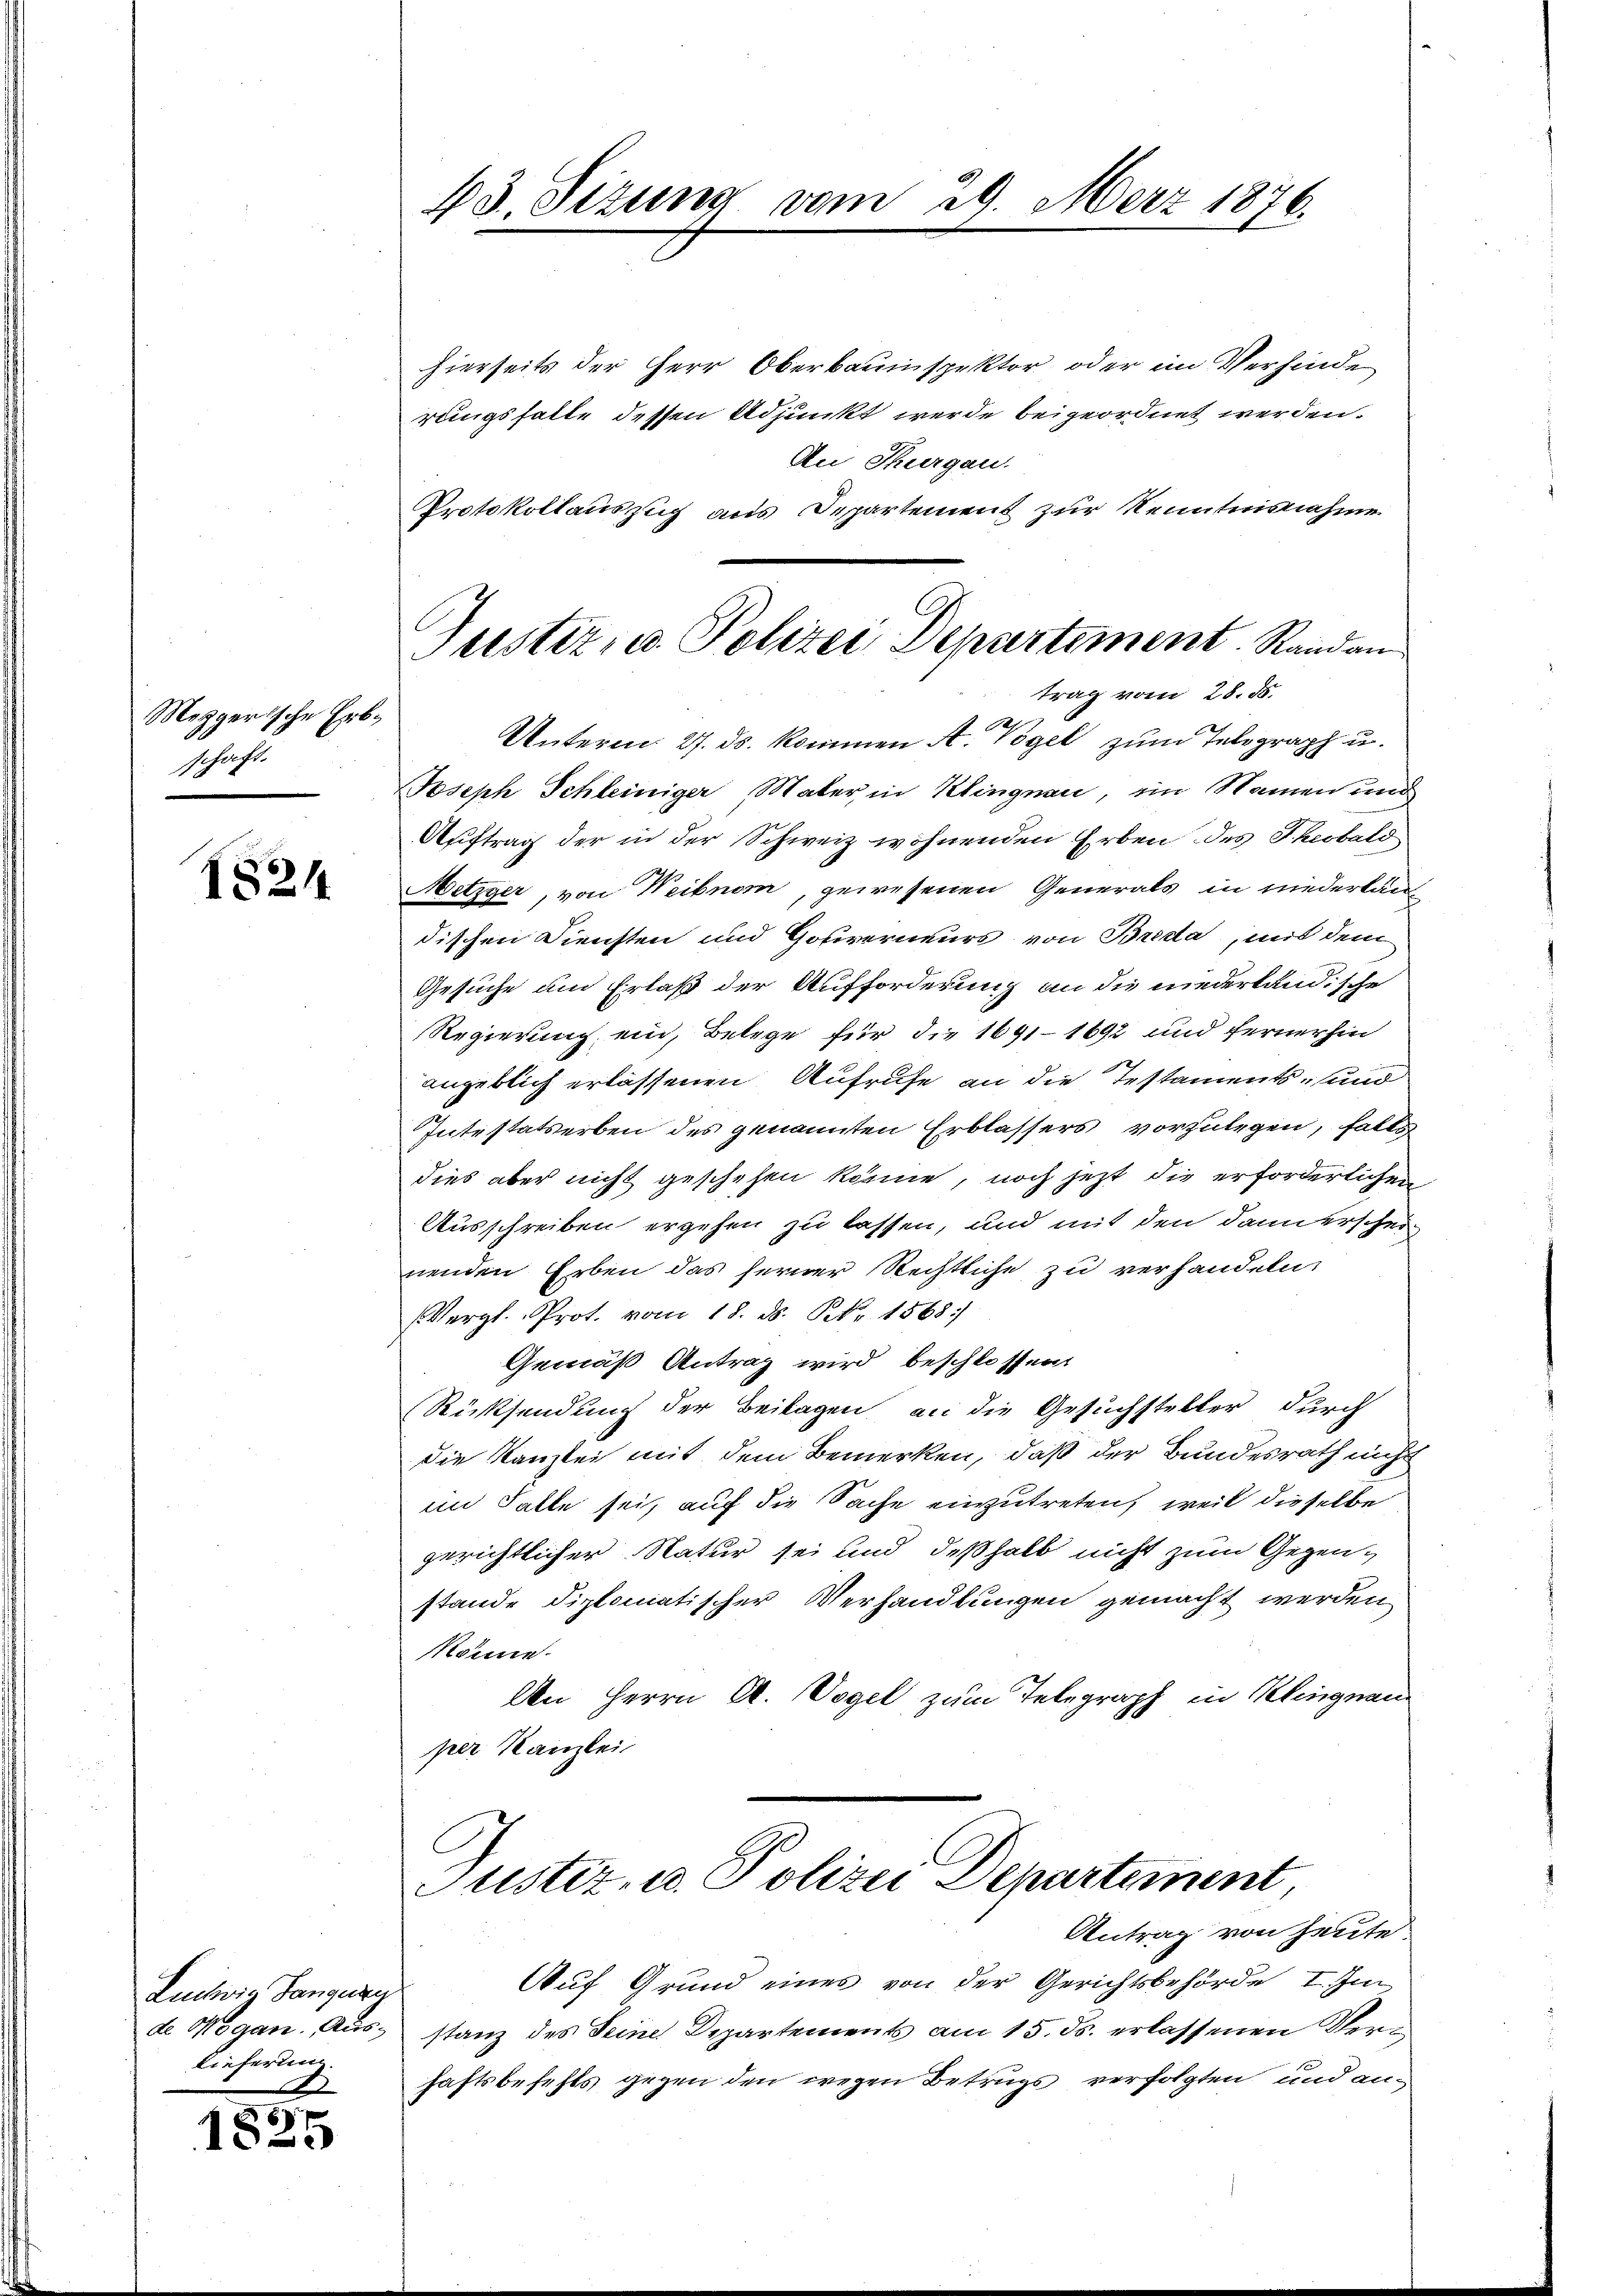
Mezgerische Erbschaft.

1824.

Luchwie Langung
de Wogan. Aus-
lieferung.

1825

43. Sizung vom 29. März 1876.

Justiz- u. Polizei Departement. Randan
trag vom 28. ds.

hierseits der Herr Oberbauinspektor oder in Verhinde
rungs hatte dessen Adjunkt werde beigeordnet werden.
An Thurgau.
Protokollauszug aus Departement zur Kenntnisnahme
2
Unterm 27. ds. kommen A. Vögel zum Telegraph u.
Joseph Schleiniger, Mater, in Klingnau, ein Namen und
Auftrag der in der Schweiz wohnenden Erben des Theobald
Metzger, von Weibnom, gewesenen Generals in niederkandischen Diensten und Gotiverneurs von Brida, mit dem
Gesuche um Erlaß der Aufforderung an die niederländische
Regierung ein, Belege für die 1691-1692 und fernerhin
angeblich erlassenen Aufrufe an die Testaments- und
Intestaterben des genannten Erblassers vorzulegen, falls
dies aber nicht geschehen könne, noch jetzt die erforderlichen
Ausschreiben ergehen zu lassen, und mit den dann erscheinenden Erben das ferner Rechtliche zu verhandeln,
(Vergl. Prot. vom 18. ds. S. 1568
Gemäß Antrag wird beschlossen
Rücksendung der Beilagen an die Gesuchsteller durch
die Kanzlei mit dem Bemerken, daß der Bundesrath nicht
im Falle sei, auf die Sache einzutreten, weil dieselbe
gerichtlicher Natur sei und deßhalb nicht zum Gegenstande diplomatischer Verhandlungen gemacht werden,
könne.
An Herrn A. Vogel zum Telegraph in Klingnau
per Kanzlei

Justiz- u. Polizei Departement,

Antrag von heute.
Auf Grund eines von der Gerichtsbehörde I. Im
stanz des Seine Departements am 15. ds. erlassenen Verhaftsbefehls gegen den wegen Betrugs verfolgten und an¬